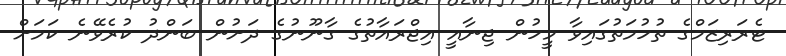
ޓެރަރިޒަމްގެ ތުހުމަތުގައިވާ މީހުން ޖިނާއީ އިޖްރައާތުގެ ގާނޫނުގެ ދަށުން ބަންދު ކުރެވޭނެ ކަމަށް